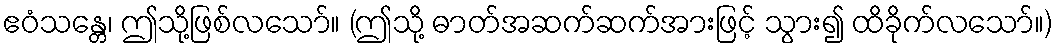
ဧဝံသန္တေ၊ ဤသို့ဖြစ်လသော်။ (ဤသို့ ဓာတ်အဆက်ဆက်အားဖြင့် သွား၍ ထိခိုက်လသော်။)